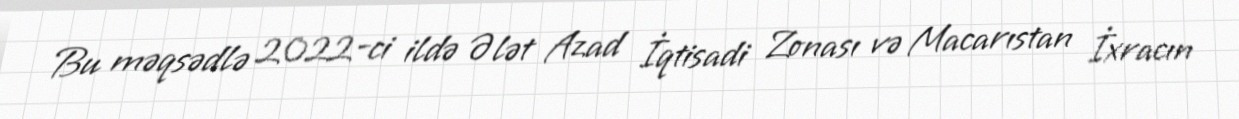
Bu məqsədlə 2022-ci ildə Ələt Azad İqtisadi Zonası və Macarıstan İxracın